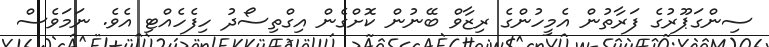
ސިންގަޕޫރުގެ ފަރާތުން އެމީހުންގެ ރިޒާވް ބޭނުން ކޮށްގެން އިގްތިސޯދު ހިފެހެއްޓި އެވެ. ނަމަވެސް